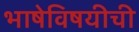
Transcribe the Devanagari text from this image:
भाषेविषयीची